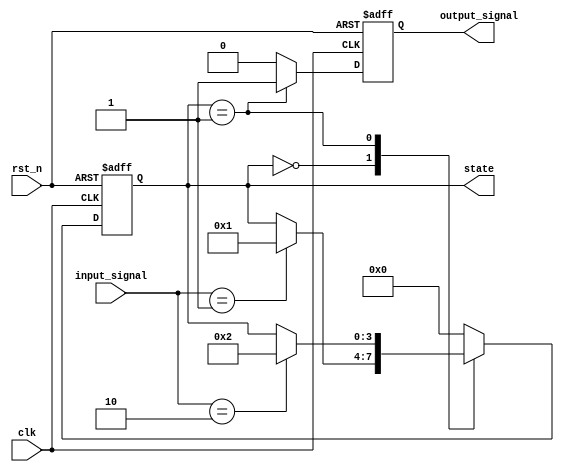
module default_state_initialization (
    input wire clk,           // Clock signal
    input wire rst_n,        // Active-low reset signal
    input wire [1:0] input_signal, // Example input signal
    output reg [3:0] state,  // State variable (4-bit)
    output reg output_signal  // Output signal
);

// State encoding
parameter STATE_IDLE = 4'b0000;
parameter STATE_ACTIVE = 4'b0001;
parameter STATE_DONE = 4'b0010;

// Default state initialization block
always @(posedge clk or negedge rst_n) begin
    if (!rst_n) begin
        // Reset condition: initialize state variables
        state <= STATE_IDLE;       // Set state to IDLE
        output_signal <= 1'b0;     // Set output signal to low
    end else begin
        // State transition logic
        case (state)
            STATE_IDLE: begin
                if (input_signal == 2'b01) begin
                    state <= STATE_ACTIVE; // Transition to ACTIVE state
                end
            end
            
            STATE_ACTIVE: begin
                if (input_signal == 2'b10) begin
                    state <= STATE_DONE;   // Transition to DONE state
                end
            end
            
            STATE_DONE: begin
                // Optionally, define behavior for DONE state
                state <= STATE_IDLE;       // Loop back to IDLE for this example
            end
            
            default: begin
                state <= STATE_IDLE;       // Default case to avoid latching
            end
        endcase
        
        // Output logic based on current state
        case (state)
            STATE_IDLE: output_signal <= 1'b0;
            STATE_ACTIVE: output_signal <= 1'b1;
            STATE_DONE: output_signal <= 1'b0; // Could be different based on design
            default: output_signal <= 1'b0;
        endcase
    end
end

endmodule